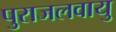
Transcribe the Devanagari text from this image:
पुराजलवायु